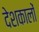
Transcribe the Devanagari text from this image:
देशकालों